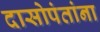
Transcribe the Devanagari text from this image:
दासोपंतांना